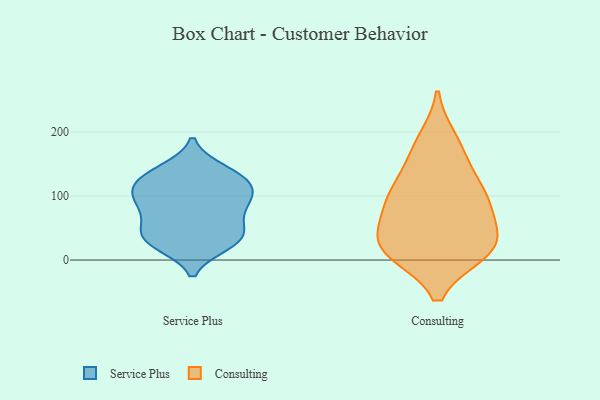
{"axis": {"x": "Temperature (°C)", "y": "Value"}, "legend": ["Consulting", "Service Plus"], "data": [{"x": "", "y": 60, "type": "Service Plus"}, {"x": "", "y": 37, "type": "Service Plus"}, {"x": "", "y": 56, "type": "Service Plus"}, {"x": "", "y": 29, "type": "Service Plus"}, {"x": "", "y": 24, "type": "Service Plus"}, {"x": "", "y": 112, "type": "Service Plus"}, {"x": "", "y": 136, "type": "Service Plus"}, {"x": "", "y": 40, "type": "Service Plus"}, {"x": "", "y": 26, "type": "Service Plus"}, {"x": "", "y": 131, "type": "Service Plus"}, {"x": "", "y": 122, "type": "Service Plus"}, {"x": "", "y": 141, "type": "Service Plus"}, {"x": "", "y": 95, "type": "Service Plus"}, {"x": "", "y": 86, "type": "Service Plus"}, {"x": "", "y": 94, "type": "Service Plus"}, {"x": "", "y": 88, "type": "Service Plus"}, {"x": "", "y": 114, "type": "Service Plus"}, {"x": "", "y": 97, "type": "Consulting"}, {"x": "", "y": 187, "type": "Consulting"}, {"x": "", "y": 29, "type": "Consulting"}, {"x": "", "y": 18, "type": "Consulting"}, {"x": "", "y": 84, "type": "Consulting"}, {"x": "", "y": 18, "type": "Consulting"}, {"x": "", "y": 132, "type": "Consulting"}, {"x": "", "y": 15, "type": "Consulting"}, {"x": "", "y": 13, "type": "Consulting"}, {"x": "", "y": 102, "type": "Consulting"}, {"x": "", "y": 87, "type": "Consulting"}, {"x": "", "y": 43, "type": "Consulting"}, {"x": "", "y": 169, "type": "Consulting"}]}